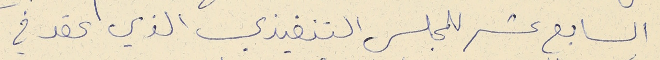
السابع عشر للمجلس التنفيذي الذي عقد في